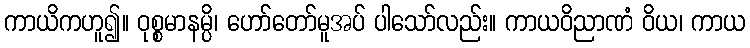
ကာယိကဟူ၍။ ဝုစ္စမာနမ္ပိ၊ ဟော်တော်မူအပ် ပါသော်လည်း။ ကာယဝိညာဏံ ဝိယ၊ ကာယ